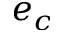
e _ { c }